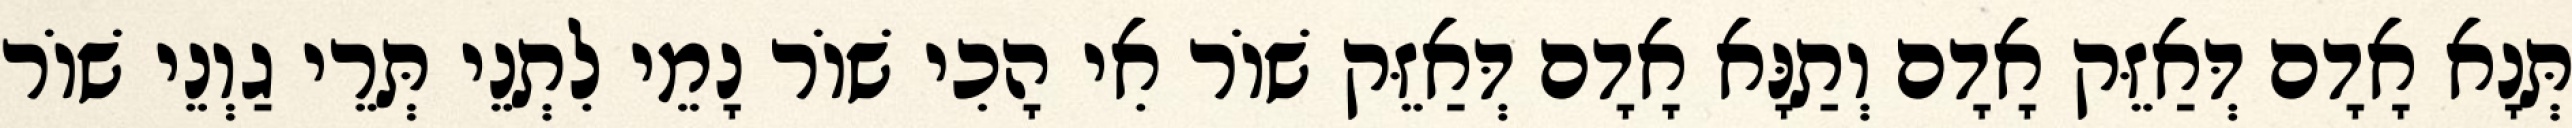
תְּנָא אָדָם דְּאַזֵּק אָדָם וְתַנָּא אָדָם דְּאַזֵּק שׁוֹר אִי הָכִי שׁוֹר נָמֵי לִתְנֵי תְּרֵי גַוְנֵי שׁוֹר